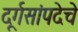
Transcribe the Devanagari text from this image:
दूर्गसांपदेचे